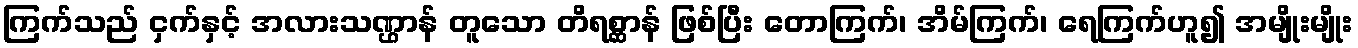
ကြက်သည် ငှက်နှင့် အလားသဏ္ဌာန် တူသော တိရစ္ဆာန် ဖြစ်ပြီး တောကြက်၊ အိမ်ကြက်၊ ရေကြက်ဟူ၍ အမျိုးမျိုး